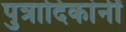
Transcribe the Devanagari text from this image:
पुत्रादिकांनीं